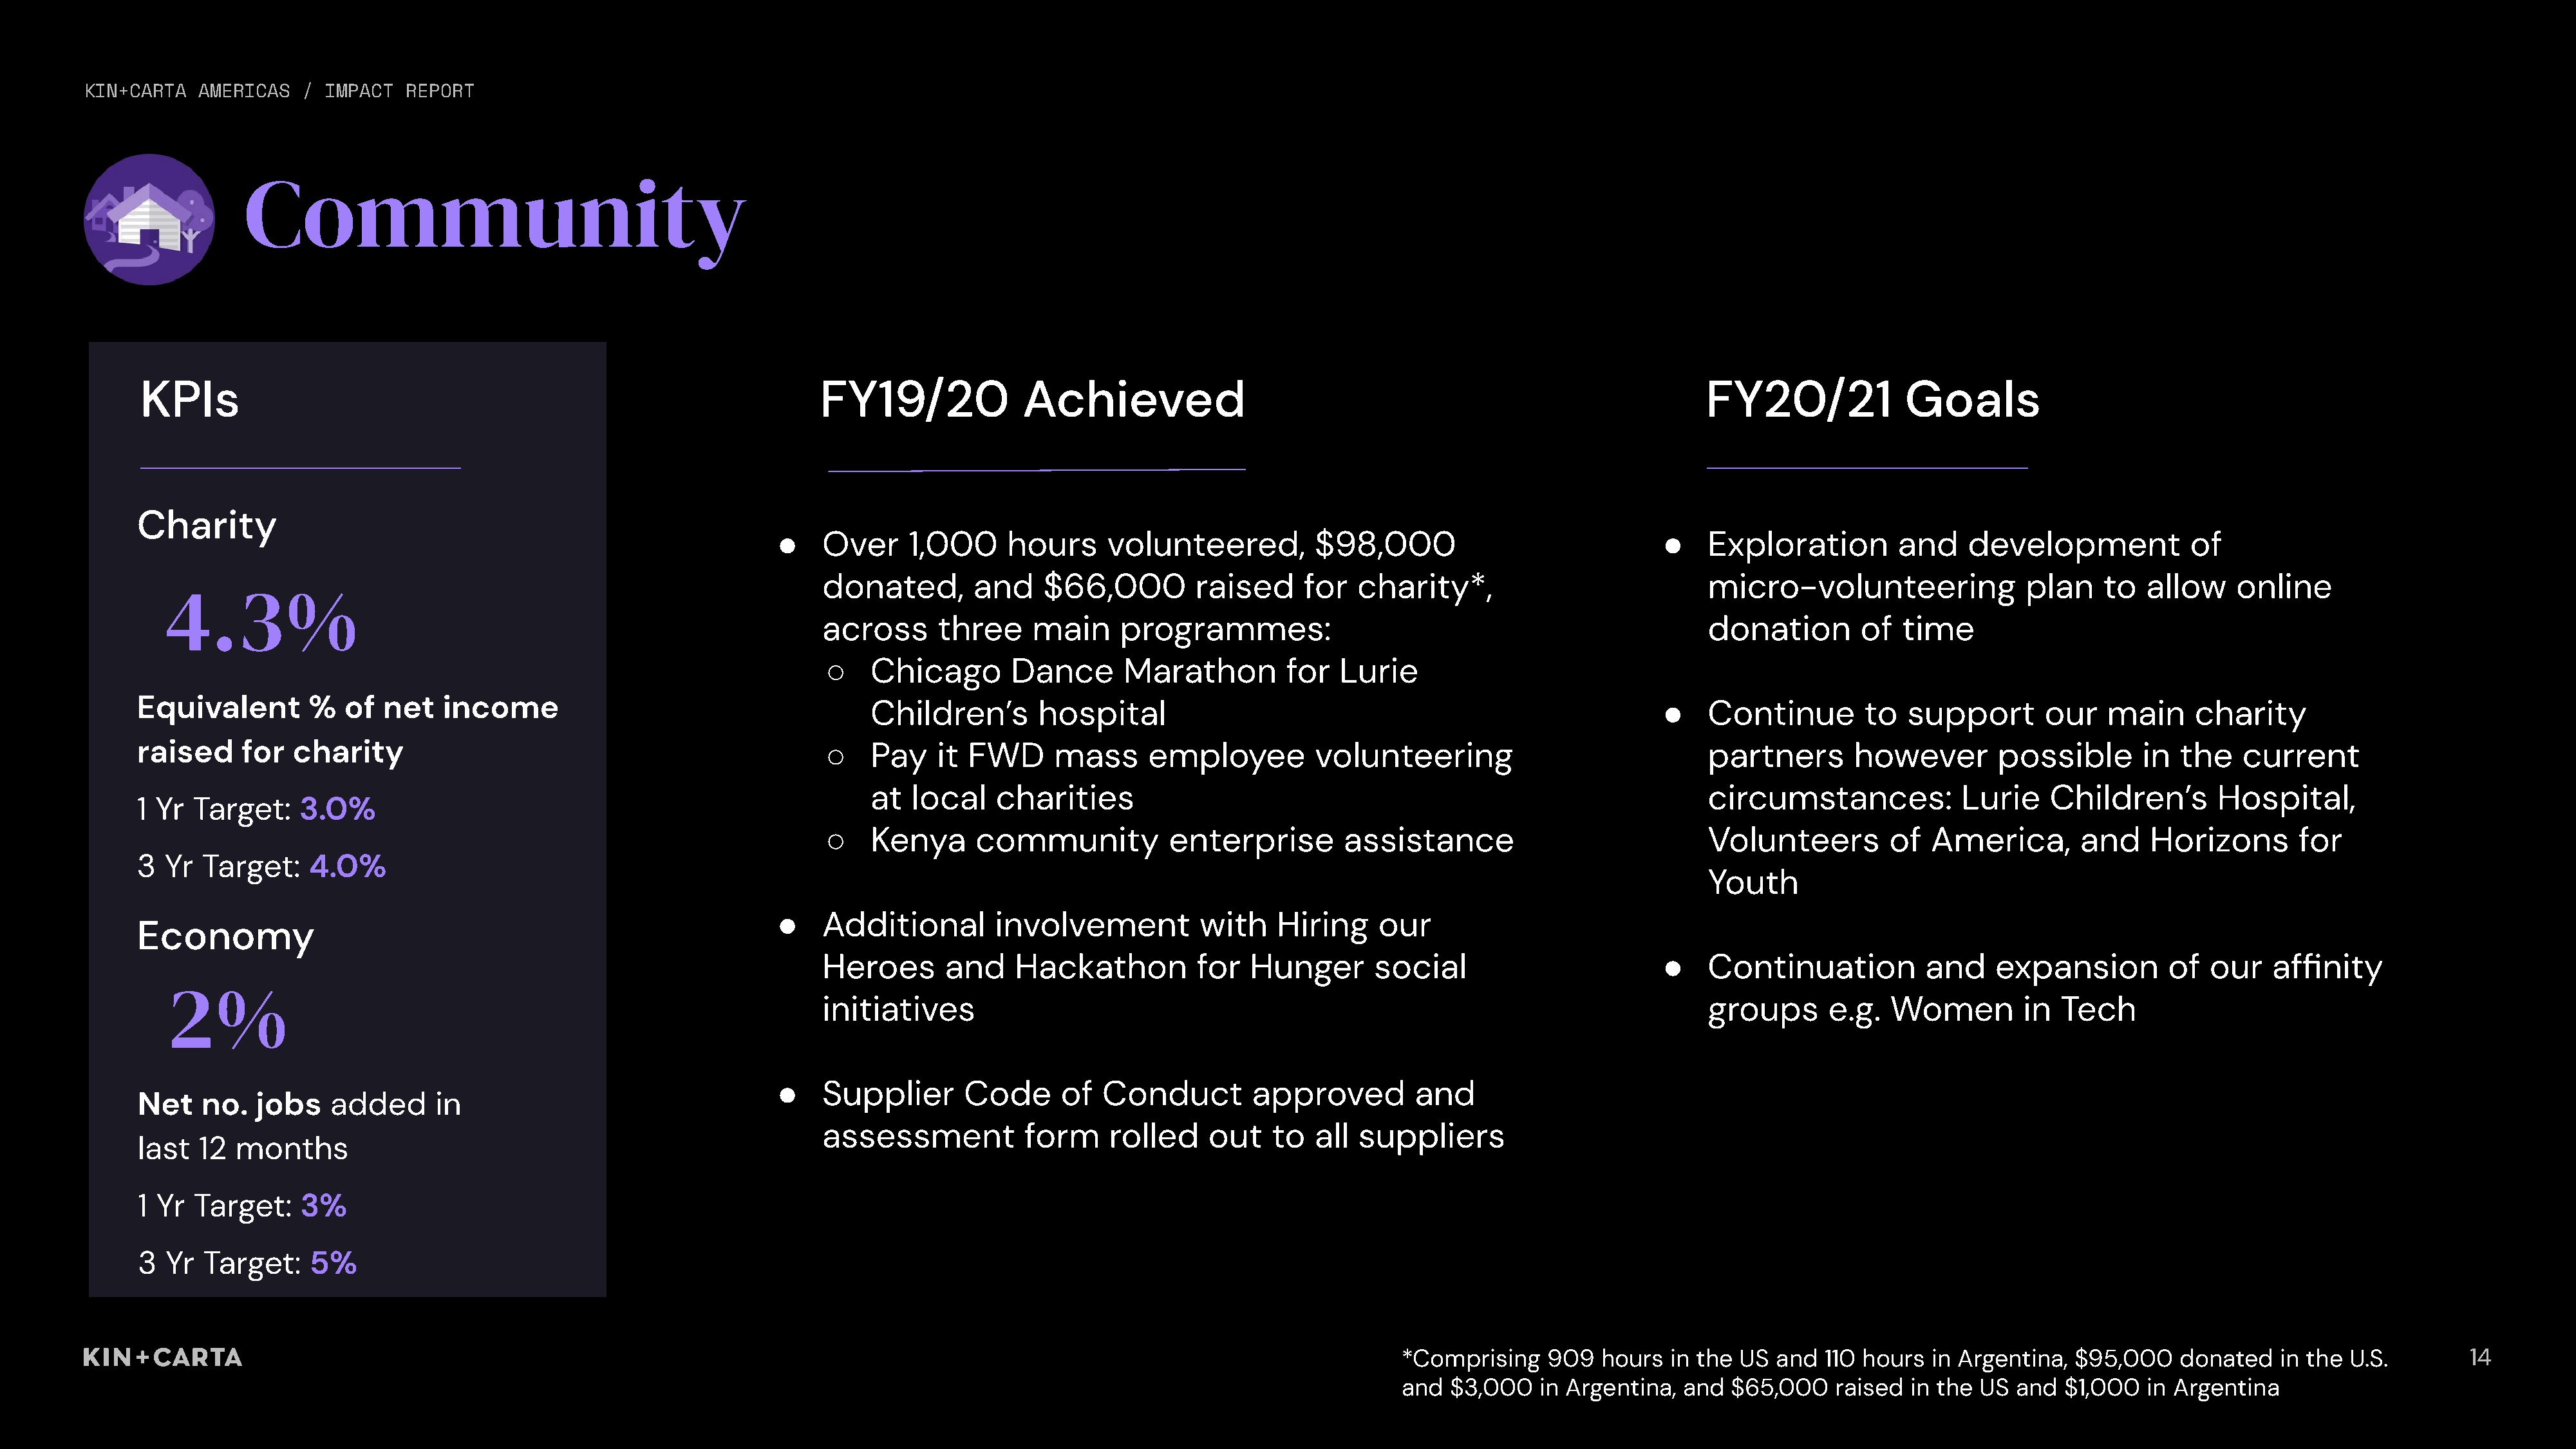
KIN+CARTA  AMERICAS   / IMPACT   REPORT
 Community
 KPIs                                                                  FY19/20              Achieved                                                              FY20/21              Goals
 Charity
 ●    Over    1,000      hours     volunteered,         $98,000                             ●    Exploration        and    development            of
 donated,       and    $66,000         raised     for   charity*,                           micro-volunteering              plan    to   allow    online
 4.3%
 across     three     main     programmes:                                                  donation       of   time
 ○   Chicago        Dance      Marathon         for   Lurie
 Equivalent        %  of  net    income                                     Children’s        hospital                                                        ●    Continue        to  support       our    main     charity
 raised     for  charity                                                ○   Pay    it  FWD     mass      employee         volunteering                             partners       however       possible       in  the    current
 at   local   charities                                                                 circumstances:            Lurie    Children’s       Hospital,
 1 Yr  Target:    3.0%
 ○   Kenya      community           enterprise        assistance                            Volunteers        of  America,        and    Horizons       for
 3  Yr  Target:    4.0%
 Youth
 ●    Additional       involvement          with    Hiring     our
 Economy
 Heroes      and    Hackathon          for   Hunger      social                        ●    Continuation          and    expansion         of  our    affinity
 2%
 initiatives                                                                                groups      e.g.  Women         in  Tech
 ●    Supplier      Code      of  Conduct         approved        and
 Net    no.  jobs    added      in
 assessment          form     rolled    out    to  all  suppliers
 last  12  months
 1 Yr  Target:    3%
 3  Yr  Target:    5%
 *Comprising    909   hours  in the US  and  110 hours  in Argentina, $95,000    donated   in the  U.S.        14
 and  $3,000   in Argentina,  and  $65,000    raised in the  US and  $1,000   in Argentina